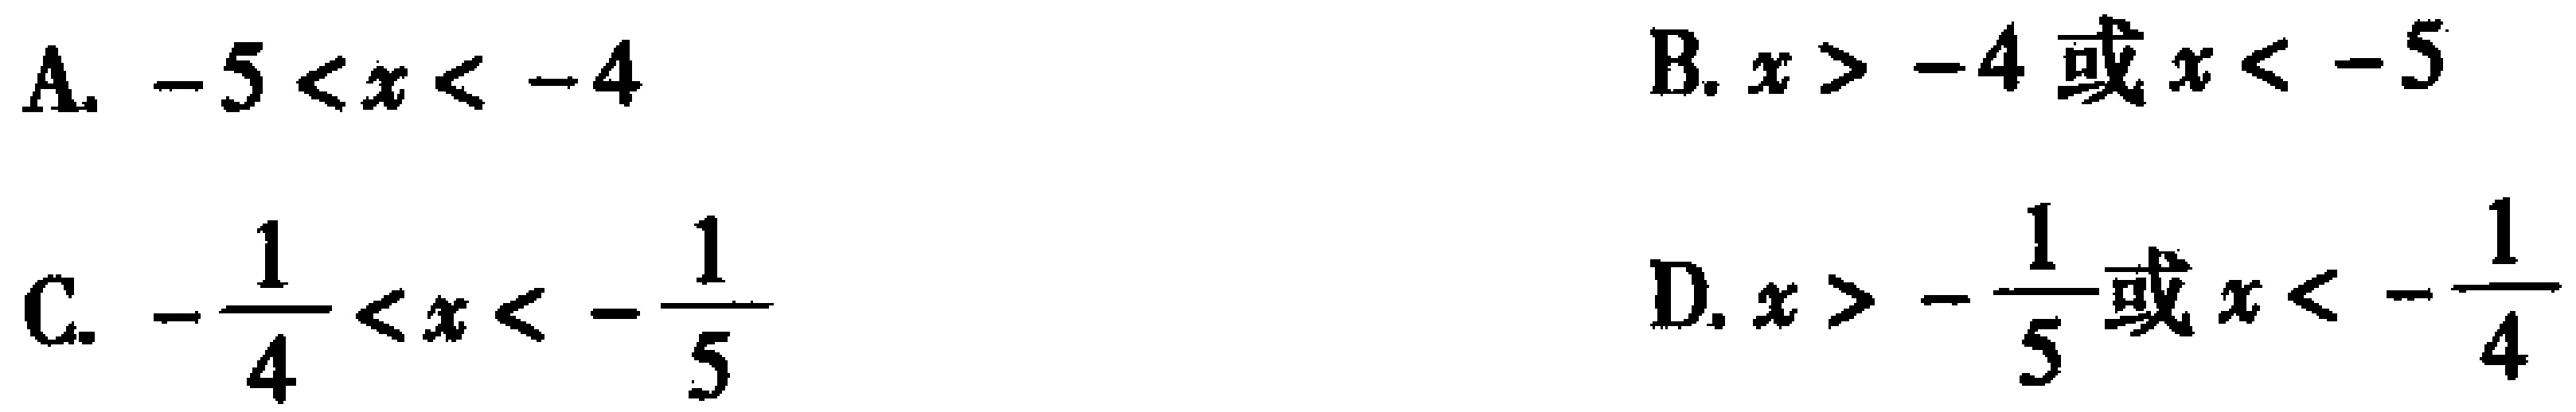
A. \(-5 < x < -4\)

B. \(x > -4或x < -5\)

C. \(-\frac{1}{4} < x < -\frac{1}{5}\)

D. \(x > -\frac{1}{5}或x < -\frac{1}{4}\)